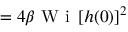
= 4 \beta \textrm { W i } \, [ h ( 0 ) ] ^ { 2 }